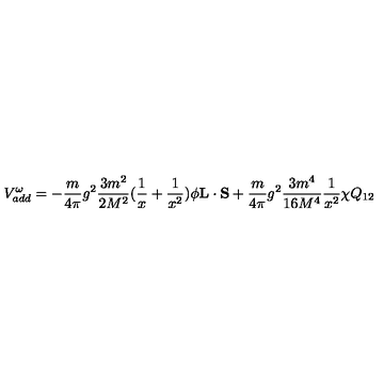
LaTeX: V _ { a d d } ^ { \omega } = - \frac { m } { 4 \pi } g ^ { 2 } \frac { 3 m ^ { 2 } } { 2 M ^ { 2 } } ( \frac { 1 } { x } + \frac { 1 } { x ^ { 2 } } ) \phi { \bf L } \cdot { \bf S } + \frac { m } { 4 \pi } g ^ { 2 } \frac { 3 m ^ { 4 } } { 1 6 M ^ { 4 } } \frac { 1 } { x ^ { 2 } } \chi Q _ { 1 2 }